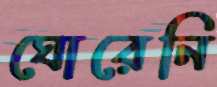
ঘোরেনি